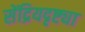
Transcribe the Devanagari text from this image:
सेंद्रियदृष्ट्या